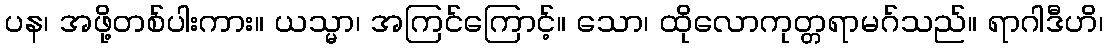
ပန၊ အဖို့တစ်ပါးကား။ ယသ္မာ၊ အကြင်ကြောင့်။ သော၊ ထိုလောကုတ္တရာမဂ်သည်။ ရာဂါဒီဟိ၊